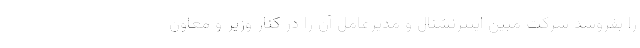
را بفروشد شرکت مبین اینترنشنال و مدیرعامل آن را در کنار وزیر و معاون